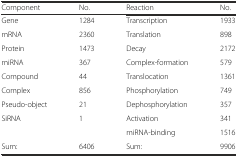
<table><thead><tr><td><b>Component</b></td><td><b>No.</b></td><td><b>Reaction</b></td><td><b>No.</b></td></tr></thead><tbody><tr><td>Gene</td><td>1284</td><td>Transcription</td><td>1933</td></tr><tr><td>mRNA</td><td>2360</td><td>Translation</td><td>898</td></tr><tr><td>Protein</td><td>1473</td><td>Decay</td><td>2172</td></tr><tr><td>miRNA</td><td>367</td><td>Complex-formation</td><td>579</td></tr><tr><td>Compound</td><td>44</td><td>Translocation</td><td>1361</td></tr><tr><td>Complex</td><td>856</td><td>Phosphorylation</td><td>749</td></tr><tr><td>Pseudo-object</td><td>21</td><td>Dephosphorylation</td><td>357</td></tr><tr><td>SiRNA</td><td>1</td><td>Activation</td><td>341</td></tr><tr><td></td><td></td><td>miRNA-binding</td><td>1516</td></tr><tr><td>Sum:</td><td>6406</td><td>Sum:</td><td>9906</td></tr></tbody></table>